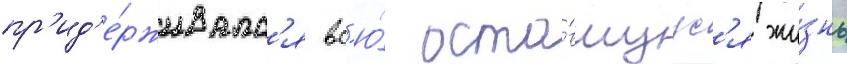
пр'ид'е́рживалс'я вс'ю́ оста́вшуус'я жи́знь